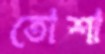
তোশা